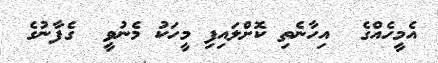
އެމީހެއްގެ  އިހާނެތި ކޮށްލައިފި މީހަކު މެނުވީ  ގެފާނުގެ